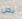
نحن